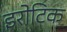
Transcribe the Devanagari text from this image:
इरोटिक